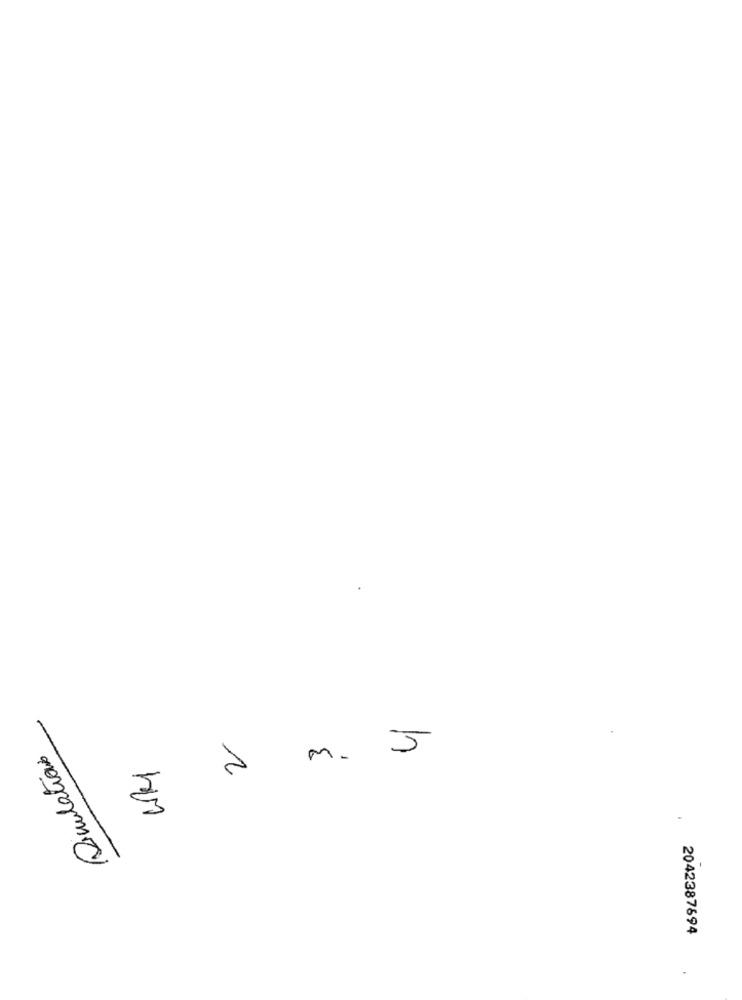
Simulations
5
m.
1
2042387694